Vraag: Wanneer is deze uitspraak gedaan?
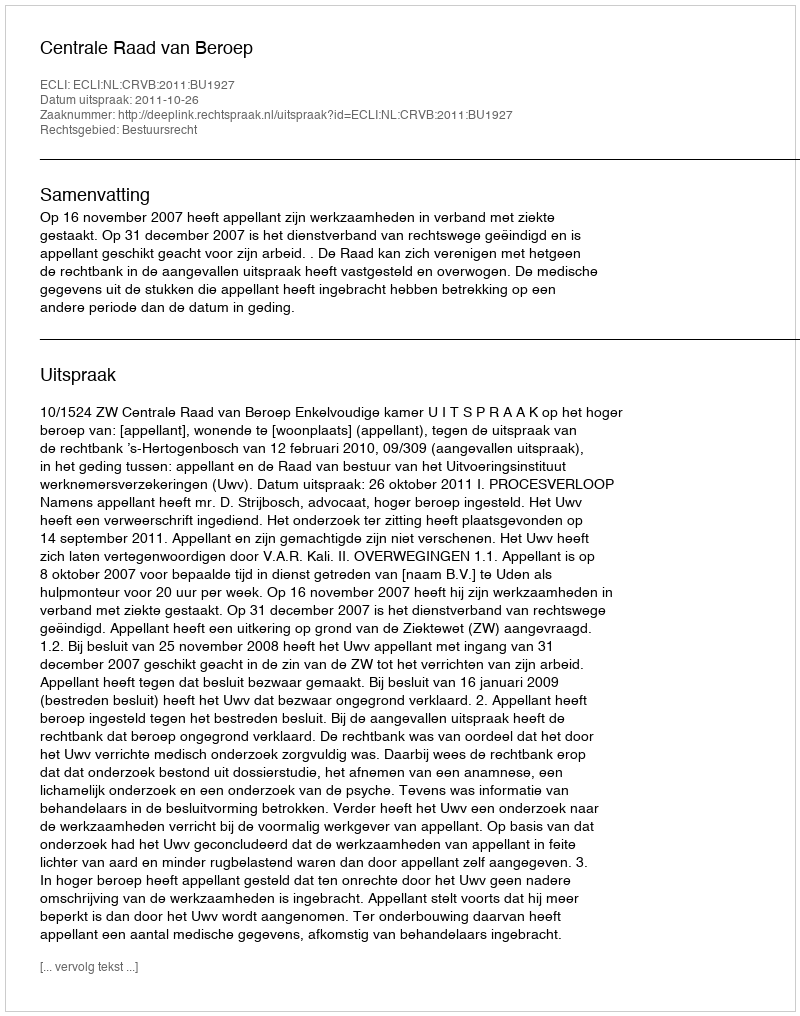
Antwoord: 2011-10-26